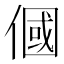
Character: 𬿓